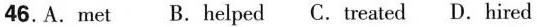
46. A. met B. helped C. treated D. hired